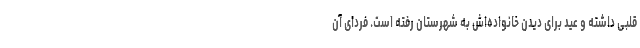
قلبی داشته و عید برای دیدن خانواده‌اش به شهرستان رفته است. فردای آن